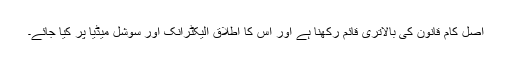
اصل کام قانون کی بالاتری قائم رکھنا ہے اور اس کا اطلاق الیکٹرانک اور سوشل میڈیا پر کیا جائے۔